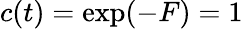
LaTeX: c(t)=\exp(-F)=1